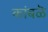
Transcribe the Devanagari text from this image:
कांबळॆ